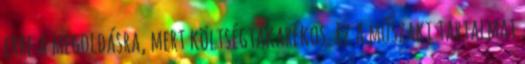
erre a megoldásra, mert költségtakarékos. Ez a műszaki tartalmat